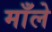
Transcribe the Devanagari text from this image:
माँले